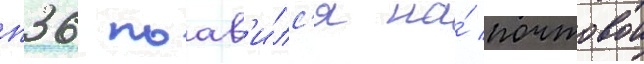
п36 поав'и́лс'я на́ почтовои